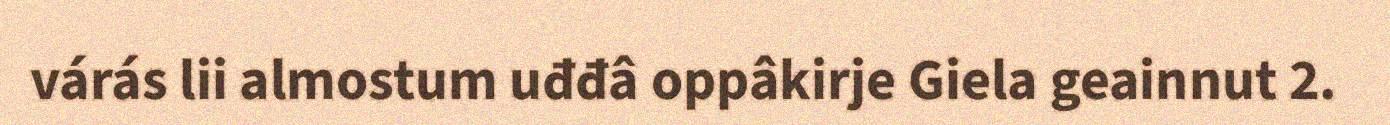
várás lii almostum uđđâ oppâkirje Giela geainnut 2.